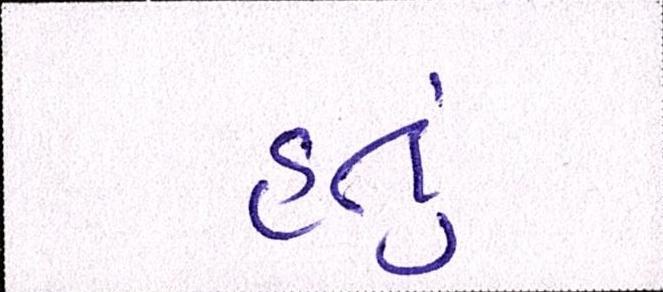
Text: હતું